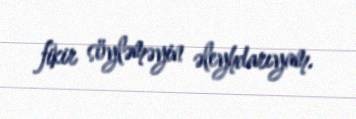
fikir söyləməyin əleyhdarıyam.